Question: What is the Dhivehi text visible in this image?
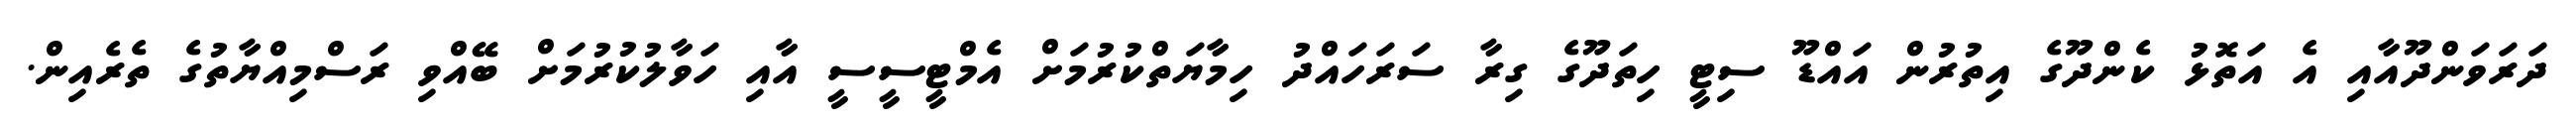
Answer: ދަރަވަންދޫއާއި އެ އަތޮޅު ކެންދޫގެ އިތުރުން އައްޑޫ ސިޓީ ހިތަދޫގެ ގިރާ ސަރަހައްދު ހިމާޔަތްކުރުމަށް އެމްޓީސީސީ އާއި ހަވާލުކުރުމަށް ބޭއްވި ރަސްމިއްޔާތުގެ ތެރެއިން.